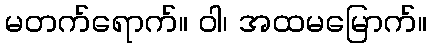
မတက်ရောက်။ ဝါ၊ အထမမြောက်။